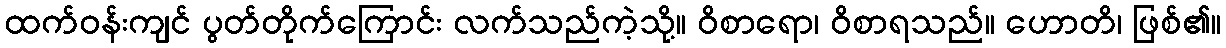
ထက်ဝန်းကျင် ပွတ်တိုက်ကြောင်း လက်သည်ကဲ့သို့။ ဝိစာရော၊ ဝိစာရသည်။ ဟောတိ၊ ဖြစ်၏။